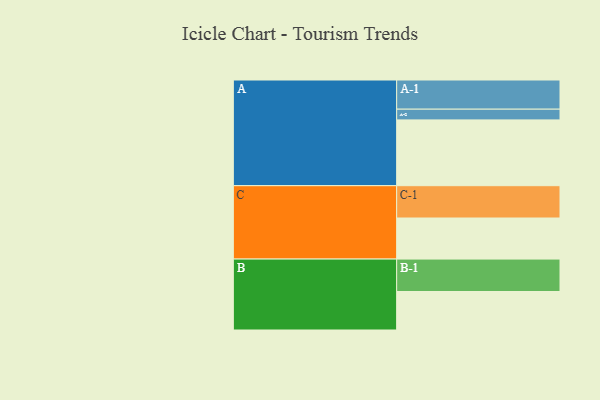
{"axis": {"x": "Segment", "y": "Value"}, "legend": ["", "A", "B", "C"], "data": [{"x": "A", "y": 564, "type": ""}, {"x": "B", "y": 330, "type": ""}, {"x": "C", "y": 352, "type": ""}, {"x": "A-1", "y": 250, "type": "A"}, {"x": "A-2", "y": 92, "type": "A"}, {"x": "B-1", "y": 278, "type": "B"}, {"x": "C-1", "y": 277, "type": "C"}]}